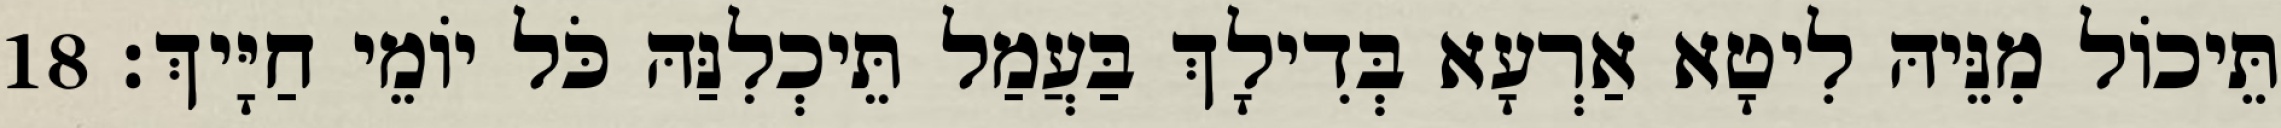
תֵּיכוֹל מִנֵּיהּ לִיטָא אַרְעָא בְּדִילָךְ בַּעֲמַל תֵּיכְלִנַּהּ כֹּל יוֹמֵי חַיָּיךְ׃ 18